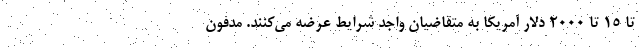
تا ۱۵ تا ۲۰۰۰ دلار آمریکا به متقاضیان واجد شرایط عرضه می‌کنند. مدفون